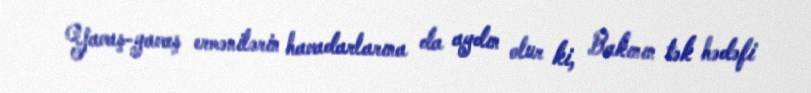
Yavaş-yavaş ermənilərin havadarlarına da aydın olur ki, Bakının tək hədəfi